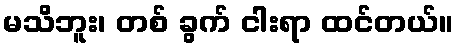
မသိဘူး၊ တစ် ခွက် ငါးရာ ထင်တယ်။